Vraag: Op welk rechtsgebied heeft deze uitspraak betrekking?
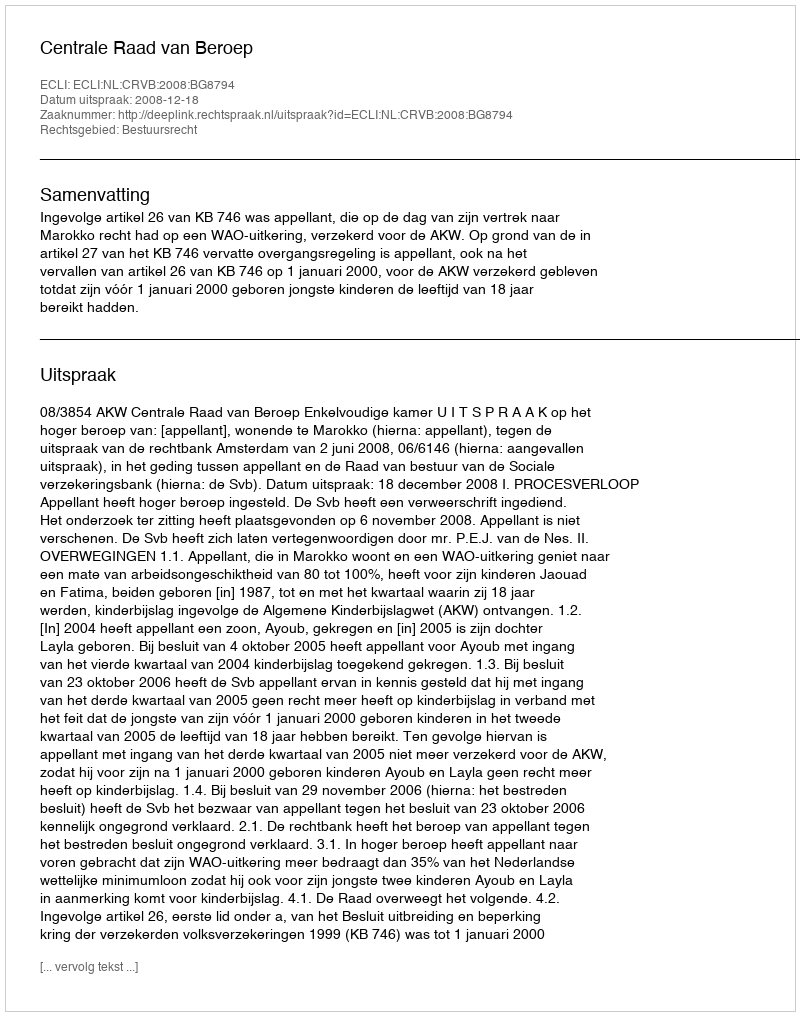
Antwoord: Bestuursrecht